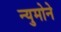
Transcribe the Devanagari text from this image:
न्युमोने